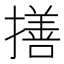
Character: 𢵈